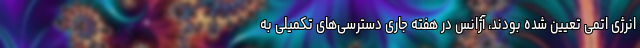
انرژی اتمی تعیین شده بودند، آژانس در هفته جاری دسترسی‌های تکمیلی به